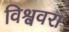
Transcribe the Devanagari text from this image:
विश्ववरा